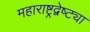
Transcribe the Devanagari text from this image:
महाराष्ट्रद्वेष्ट्या